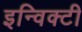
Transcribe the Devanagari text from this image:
इन्विक्टी